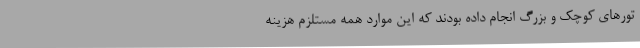
تورهای کوچک و بزرگ انجام داده بودند که این‌ موارد همه مستلزم هزینه